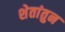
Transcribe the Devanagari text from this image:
शेतांतुन